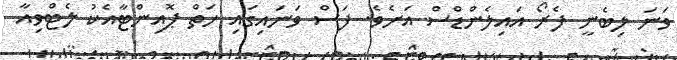
ވަނަ ލިބެނީ ފެރޯ އައިލެންޑްސް އަށެވެ. ފަސް ވަނައިގައި ހަތް ޕޮއިންޓާއެކު ލެޓްވިއާ